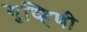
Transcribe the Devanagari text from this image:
गृष्हिणी